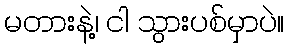
မတားနဲ့၊ ငါ သွားပစ်မှာပဲ။